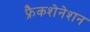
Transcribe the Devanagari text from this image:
फ्रैकशेनेशन